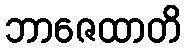
ဘာဇေထာတိ